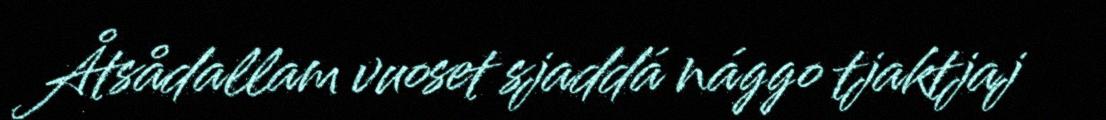
Åtsådallam vuoset sjaddá nággo tjaktjaj